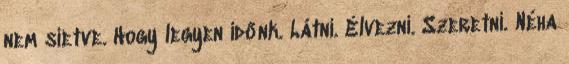
nem sietve. Hogy legyen időnk. Látni. Élvezni. Szeretni. Néha